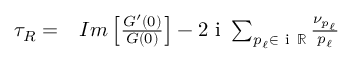
\begin{array} { r } { \begin{array} { r l } { \tau _ { R } = } & { { } I m \left[ \frac { G ^ { \prime } ( 0 ) } { G ( 0 ) } \right] - 2 \mathrm { ~ i ~ } \sum _ { p _ { \ell } \in \mathrm { ~ i ~ } \mathbb { R } } \frac { \nu _ { p _ { \ell } } } { p _ { \ell } } } \end{array} } \end{array}